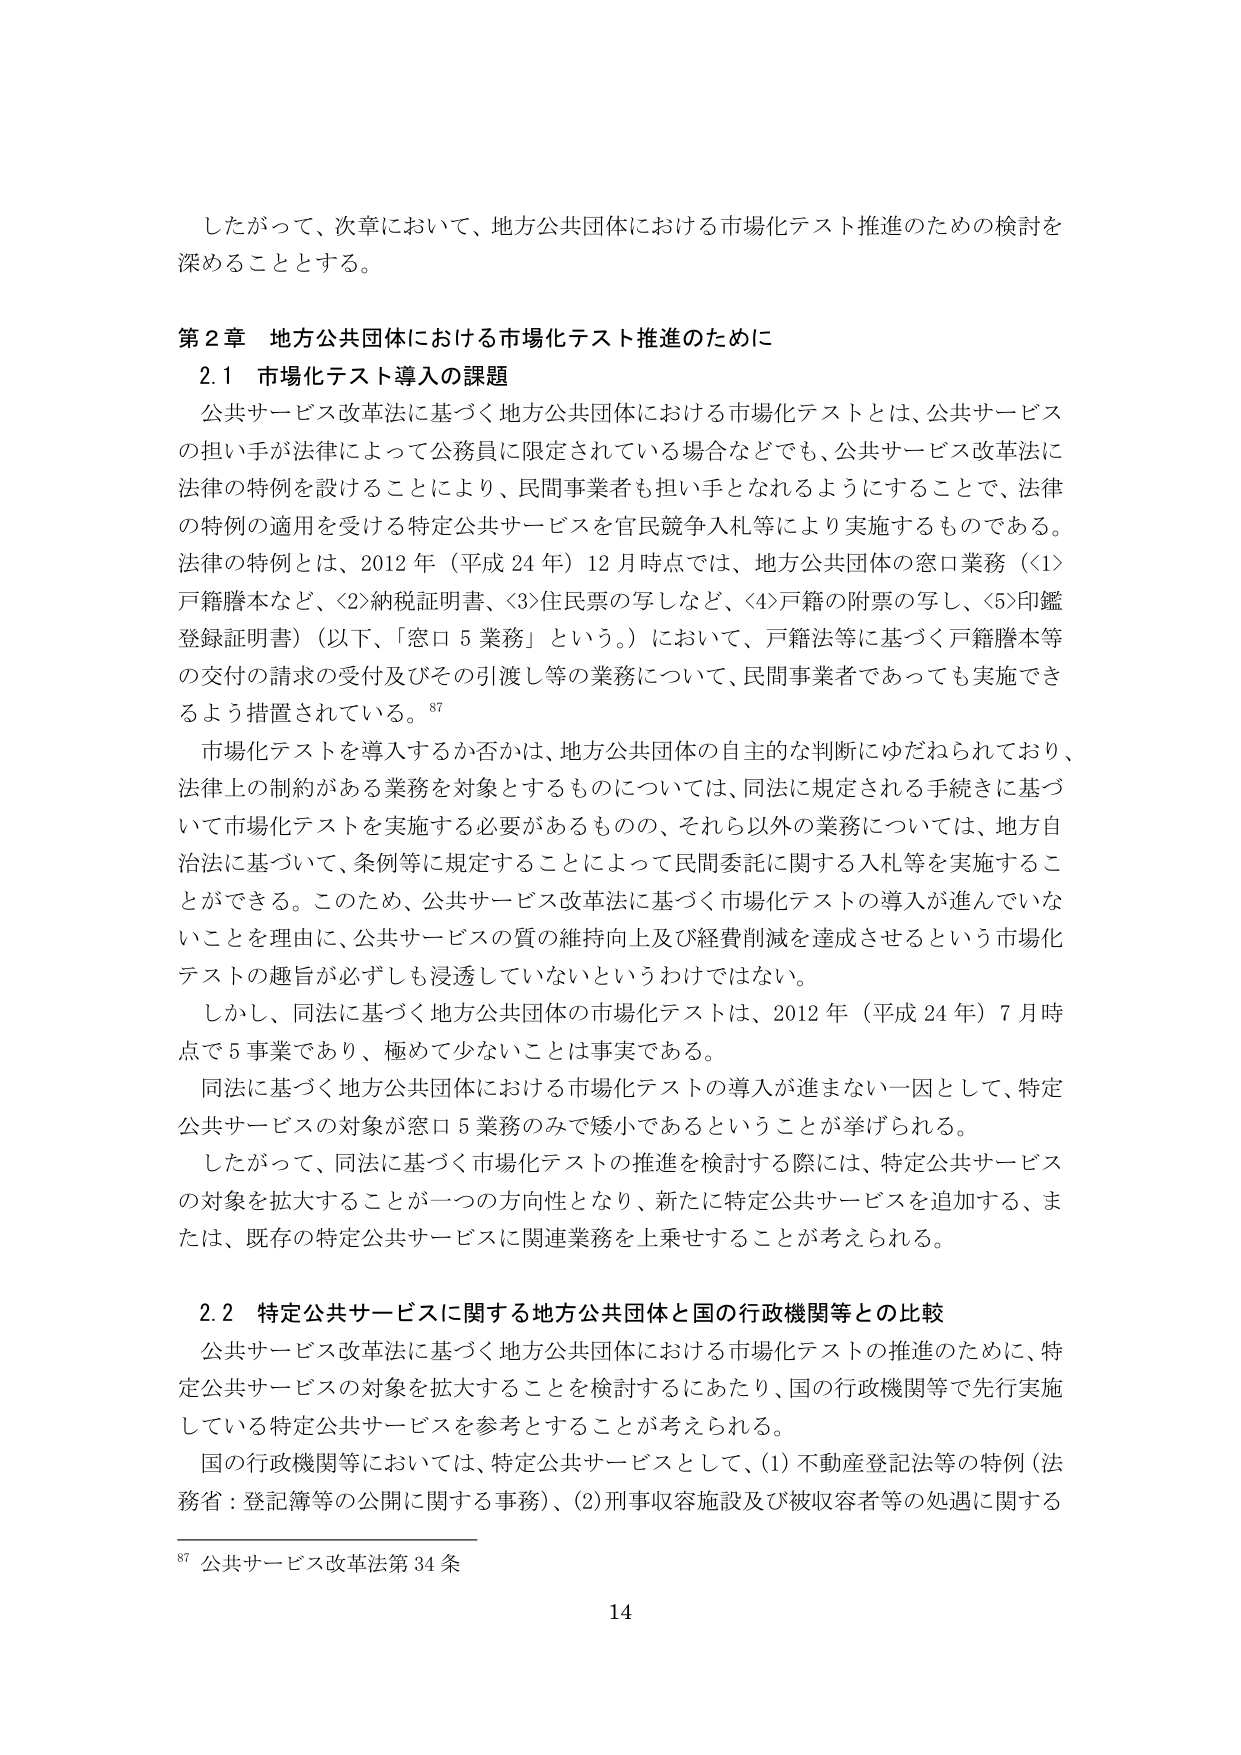
したがって、次章において、地方公共団体における市場化テスト推進のための検討を深めることとする。

第2章 地方公共団体における市場化テスト推進のために

2.1 市場化テスト導入の課題

公共サービス改革法に基づく地方公共団体における市場化テストとは、公共サービスの担い手が法律によって公務員に限定されている場合などでも、公共サービス改革法に法律の特例を設けることにより、民間事業者も担い手となれるようにすることで、法律の特例の適用を受ける特定公共サービスを官民競争入札等により実施するものである。法律の特例とは、2012年（平成24年）12月時点では、地方公共団体の窓口業務（<1>戸籍謄本など、<2>納税証明書、<3>住民票の写しなど、<4>戸籍の附票の写し、<5>印鑑登録証明書）（以下、「窓口5業務」という。）において、戸籍法等に基づく戸籍謄本等の交付の請求の受付及びその引渡し等の業務について、民間事業者であっても実施できるよう措置されている。87

市場化テストを導入するか否かは、地方公共団体の自主的な判断にゆだねられており、法律上の制約がある業務を対象とするものについては、同法に規定される手続きに基づいて市場化テストを実施する必要があるものの、それ以外の業務については、地方自治法に基づいて、条例等に規定することによって民間委託に関する入札等を実施することができる。このため、公共サービス改革法に基づく市場化テストの導入が進んでいないことを理由に、公共サービスの質の維持向上及び経費削減を達成させるという市場化テストの趣旨が必ずしも浸透していないというわけではない。

しかし、同法に基づく地方公共団体の市場化テストは、2012年（平成24年）7月時点で5事業であり、極めて少ないことは事実である。

同法に基づく地方公共団体における市場化テストの導入が進まない一因として、特定公共サービスの対象が窓口5業務のみで狭小であるということが挙げられる。

したがって、同法に基づく市場化テストの推進を検討する際には、特定公共サービスの対象を拡大することが一つの方向性となり、新たに特定公共サービスを追加する、または、既存の特定公共サービスに関連業務を上乗せすることが考えられる。

2.2 特定公共サービスに関する地方公共団体と国の行政機関等との比較

公共サービス改革法に基づく地方公共団体における市場化テストの推進のために、特定公共サービスの対象を拡大することを検討するにあたり、国の行政機関等で先行実施している特定公共サービスを参考とすることが考えられる。

国の行政機関等においては、特定公共サービスとして、(1)不動産登記法等の特例（法務省：登記簿等の公開に関する事務）、(2)刑事収容施設及び被収容者等の処遇に関する

87 公共サービス改革法第34条

14